Report of veterinary surgeon J.H. Steel, A.V.D., on his investigation into an obscure and fatal disease among transport mules in British Burma
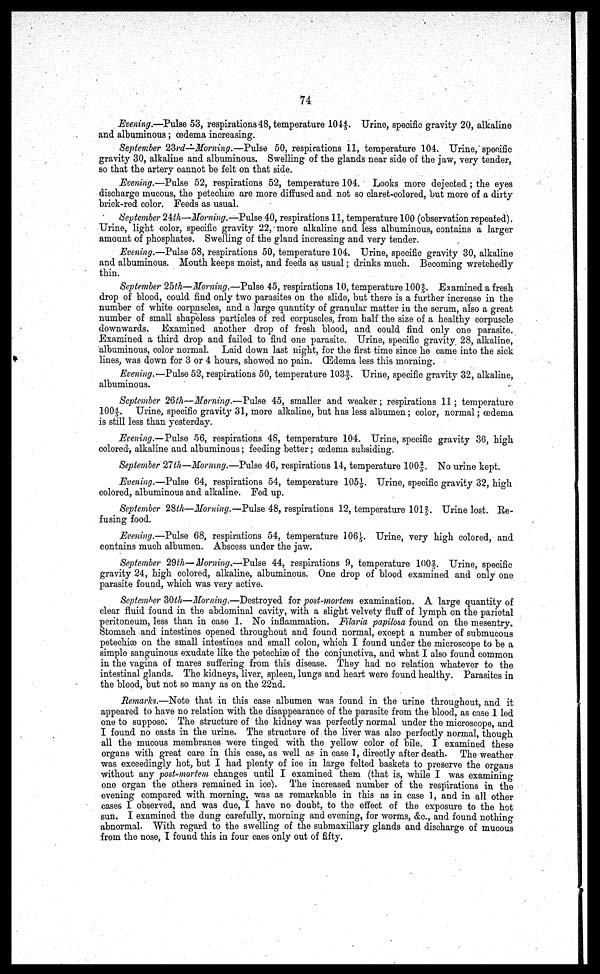
74
Evening.—Pulse 53, respirations 48, temperature 1044. Urine, specific gravity 20, alkaline
and albuminous ; oedema increasing.
September 23rd—Morning.—Pulse 50, respirations 11, temperature 104. Urine, specific
gravity 30, alkaline and albuminous. Swelling of the glands near side of the jaw, very tender,
so that the artery cannot be felt on that side.
Evening.—Pulse 52, respirations 52, temperature 104. Looks more dejected ; the eyes
discharge mucous, the petechiae are more diffused and not so claret-colored, but more of a dirty
brick-red color. Feeds as usual.
September 24th—Morning.—Pulse 40, respirations 11, temperature 100 (observation repeated)
Urine, light color, specific gravity 22, more alkaline and less albuminous, contains a larger
amount of phosphates. Swelling of the gland increasing and very tender.
Evening.—Pulse 58, respirations 50, temperature 104. Urine, specific gravity 30, alkaline
and albuminous. Mouth keeps moist, and feeds as usual; drinks much. Becoming wretchedly
thin.
September 25th—Morning.—Pulse 45, respirations 10, temperature 1002/5. Examined a fresh
drop of blood, could find only two parasites on the slide, but there is a further increase in the
number of white corpuscles, and a ]arge quantity of granular matter in the serum, also a great
number of small shapeless particles of red corpuscles, from half the size of a healthy corpuscle
downwards. Examined another drop of fresh blood, and could find only one parasite.
Examined a third drop and failed to find one parasite. Urine, specific gravity 28, alkaline,
albuminous, color normal. Laid down last night, for the first time since he came into the sick
lines, was down for 3 or 4 hours, showed no pain. (Edema less this morning.
Evening.—Pulse 52, respirations 50, temperature 103 2/5. Urine, specific gravity 32, alkaline,
albuminous.
September 26th—Morning.—Pulse 45, smaller and weaker; respirations 11; temperature
100 4/5. Urine, specific gravity 31, more alkaline, but has less albumen; color, normal; oedema
is still less than yesterday.
Evening.—Pulse 56, respirations 48, temperature 104. Urine, specific gravity 36, high
colored, alkaline and albuminous; feeding better; oedema subsiding.
September 27th—Morning.—Pulse 46, respirations 14, temperature lOO 2/5. No urine kept.
Evening.—Pulse 64, respirations 54, temperature 105 1/5. Urine, specific gravity 32, high
colored, albuminous and alkaline. Fed up.
September 28th—Morning.—Pulse 48, respirations 12, temperature 1012/5. Urine lost. Re-
fusing food.
Evening.—Pulse 68, respirations 54, temperature 106 1/5. Urine, very high colored, and
contains much albumen. Abscess under the jaw.
September 29th—Morning.—Pulse 44, respirations 9, temperature lOO 2/5. Urine, specific
gravity 24, high colored, alkaline, albuminous. One drop of blood examined and only one
parasite found, which was very active.
September 20th—Morning.—Destroyed for post-mortem examination. A large quantity of
clear fluid found in the abdominal cavity, with a slight velvety fluff of lymph on the parietal
peritoneum, less than in case 1. No inflammation. Filaria papilosa found on the mesentry.
Stomach and intestines opened throughout and found normal, except a number of submucous
petechiae on the small intestines and small colon, which I found under the microscope to be a
simple sanguinous exudate like the petechiae of the conjunctiva, and what I also found common
in the vagina of mares suffering from this disease. They had no relation whatever to the
intestinal glands. The kidneys, liver, spleen, lungs and heart were found healthy. Parasites in
the blood, but not so many as on the 22nd.
Remarks.—Note that in this case albumen was found in the urine throughout, and it
appeared to have no relation with the disappearance of the parasite from the blood, as case 1 led
one to suppose. The structure of the kidney was perfectly normal under the microscope, and
I found no casts in the urine. The structure of the liver was also perfectly normal, though
all the mucous membranes were tinged with the yellow color of bile. I examined these
organs with great care in this case, as well as in case 1, directly after death. The weather
was exceedingly hot, but I had plenty of ice in large felted baskets to preserve the organs
without any post-mortem changes until I examined them (that is, while I was examining
one organ the others remained in ice). The increased number of the respirations in the
evening compared with morning, was as remarkable in this as in case 1, and in all other
cases I observed, and was due, I have no doubt, to the effect of the exposure to the hot
sun. I examined the dung carefully, morning and evening, for worms, &c., and found nothing
abnormal. With regard to the swelling of the submaxillary glands and discharge of mucous
from the nose, I found this in four caes only out of fifty.